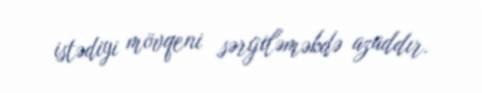
istədiyi mövqeni sərgiləməkdə azaddır.